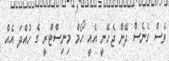
ވެސް ގެނެސް ދޭން ޖެހޭނީ އެއީ ހޯމް މިނިސްޓްރީ ގެ ހުުއްދަ އެއް